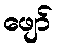
ဖျော်